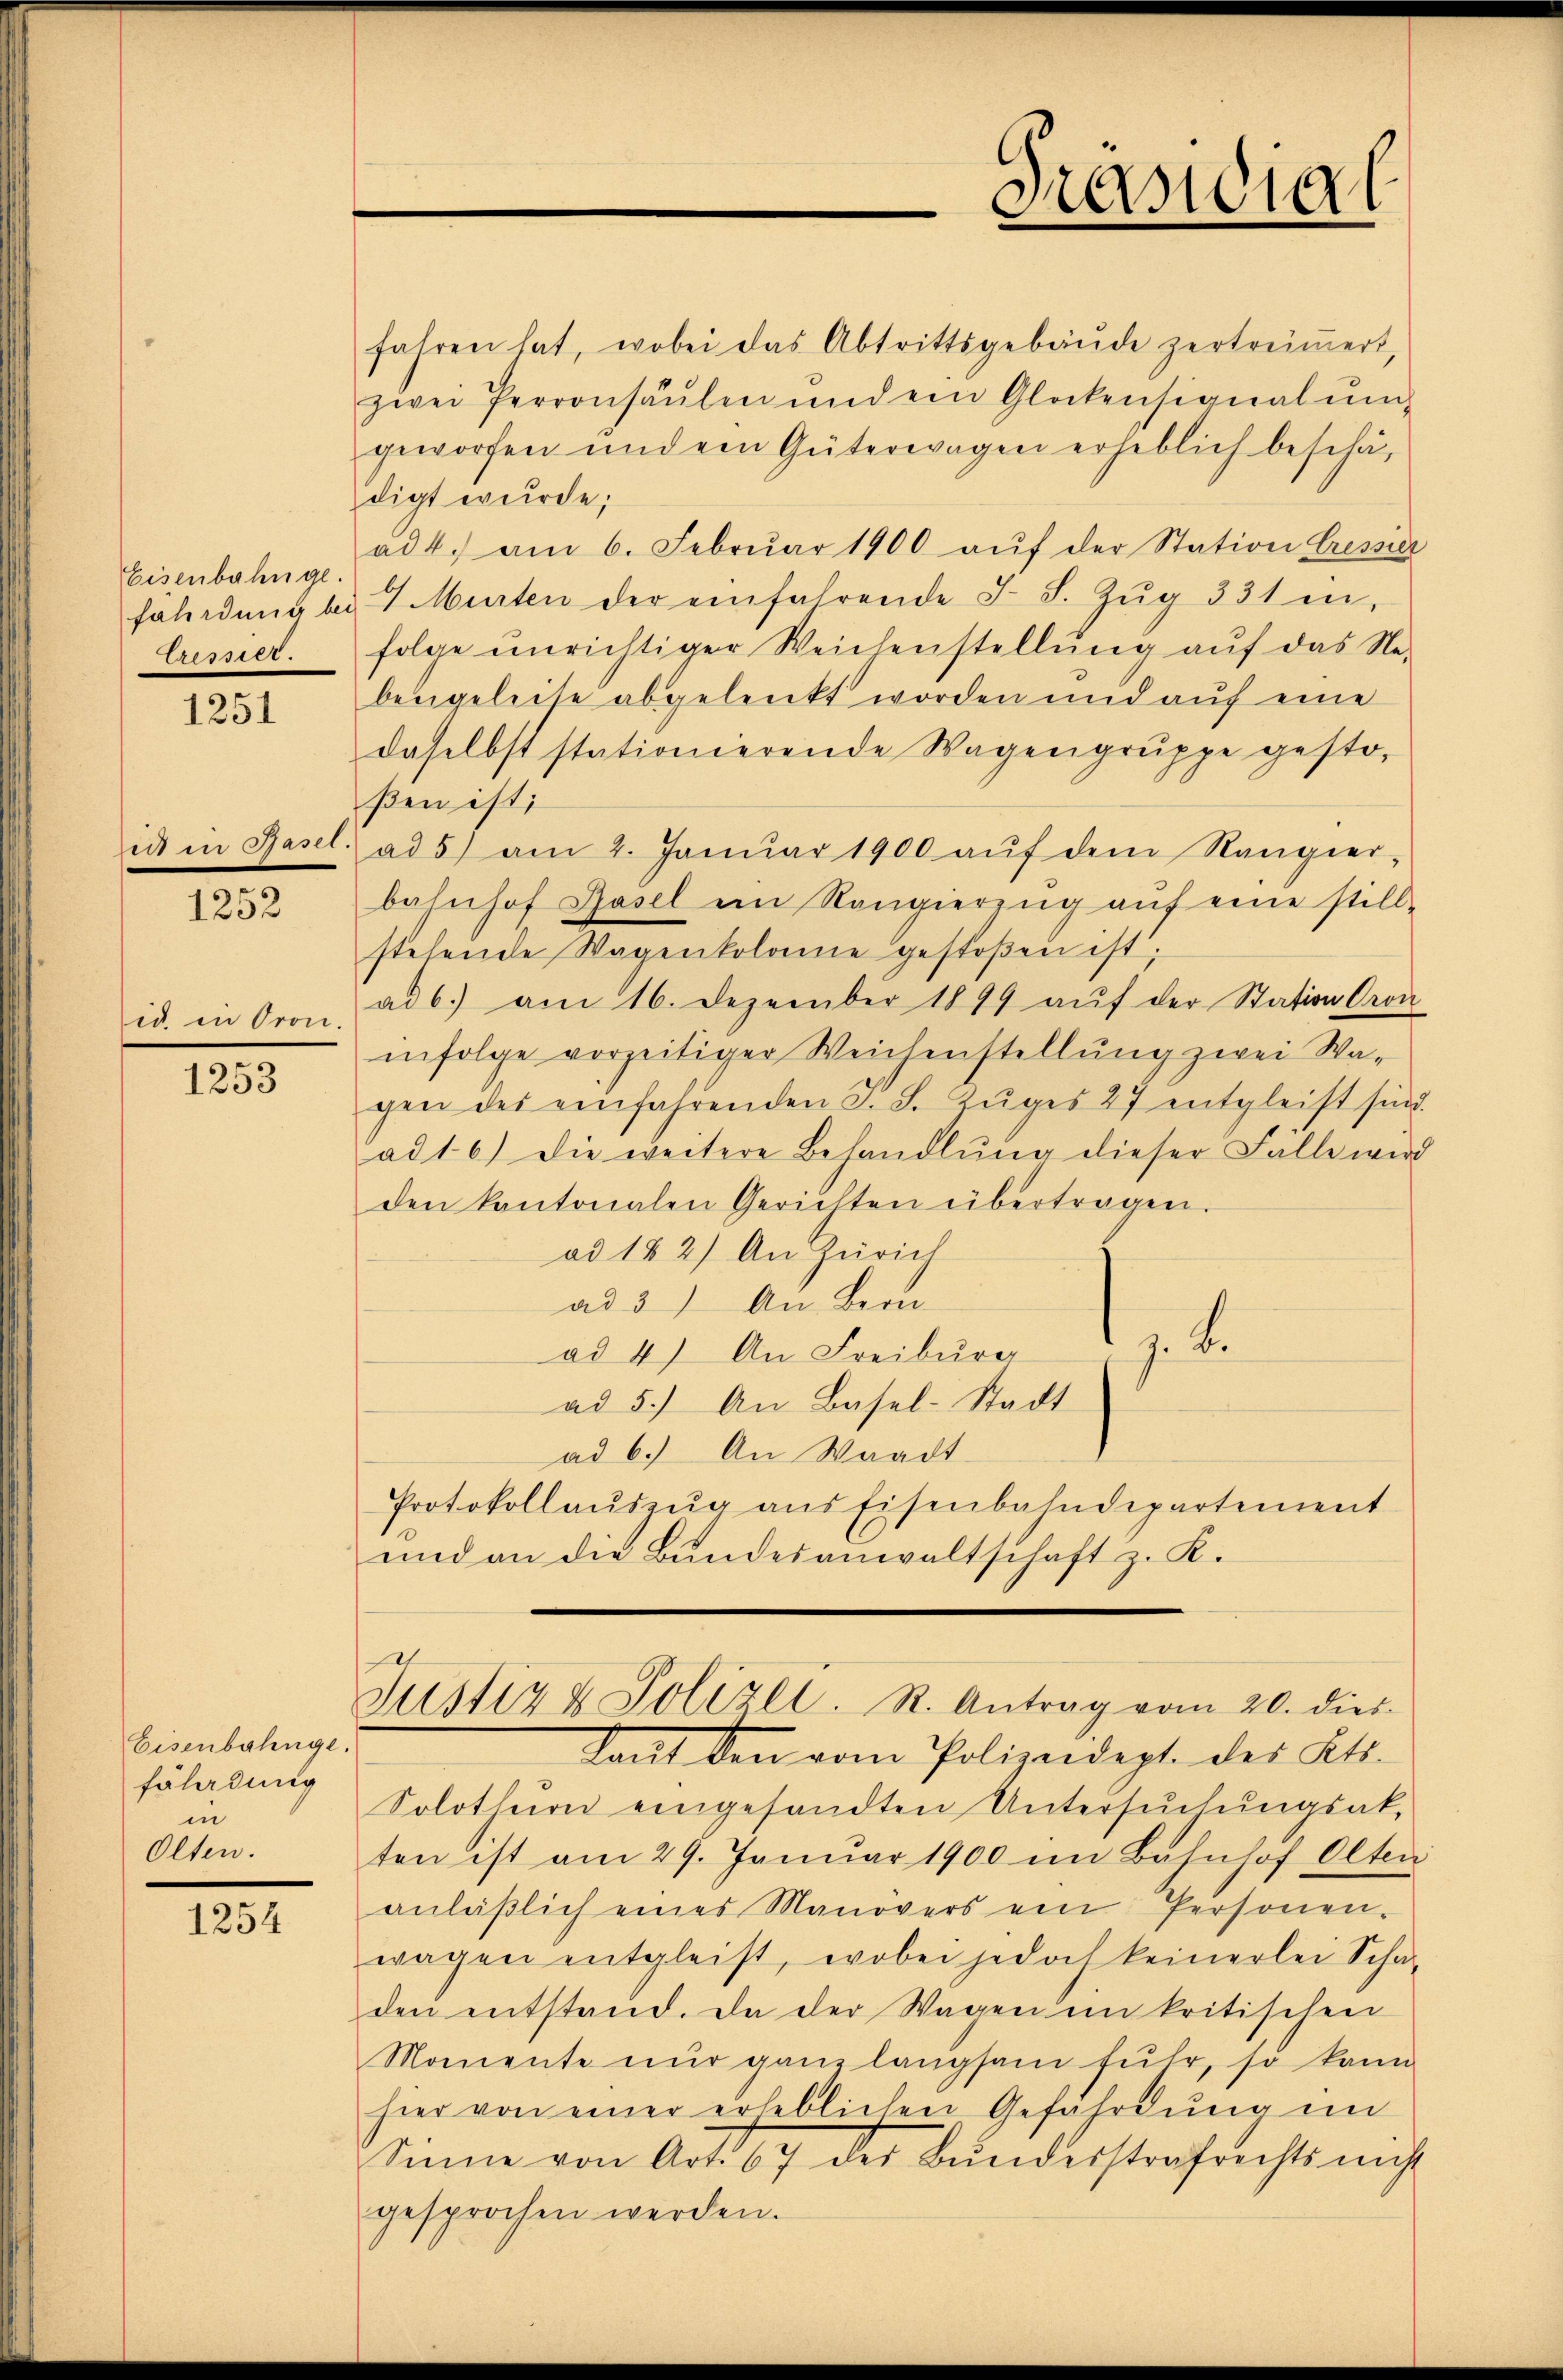
Eisenbahnge.
fährdung bei
Cressier.

1251

ed in Basis.

1252

id. in Oron.

1253

Eisenbahnge.
Eäladung
in
Olten.

1254

fahren hat, wobei das Abtrittsgebäŭde zertreimert,
zwei Perronsäŭlen und ein Glockensionalŭm
geworfen und ein Güterwagen erheblich beschädigt wurde;
ad 4. am 6. Februar 1900 aŭf der Station Cresser
 Murten der einfahrende I S. Zŭg 331 in
folge unrichtiger Weichenstellŭng aŭf das Ne-
bengeleise abgelenkt worden und aŭf eine
daselbst stationierende Wagengruppe gesto-
ßen ist;
ad 5) am 2. Januar 1900 aŭf dem Rangier-
bahnhof Basel ein Rangierzŭg aŭf eine still-
stehende Wagenkolamie gestoβen ist,
ad b.) am 16. Dezember 1899 aŭf der Station Gron
infolge vorzeitiger Weichenstellŭng zwei Wa-
gen des einfahrenden F. S. Zŭges 27 entgleist sind.
ad 16) Die weitere Behandlŭng dieser Falle wird
den kantonalen Gerichten übertragen.
ad 182) An Zürich
ad 3) An Beri
z. B.
ad 4) An Freiburg
ad 5.) An Basel-Stadt
ad 6.) An Waadt
Protokollaŭszŭg ans Eisenbahndepartement
und an die Bundesanwaltschaft z. K.

pet
Justiz & Polizei. R. Antrag vom 20. dies

Brasial

Sant den vom Polizeidept. des Kts.
Solothurn eingesandten Untersŭchŭngsak-
ten ist am 29. Januar 1900 im Bahnhof Olten
anläβlich eines Manovers ein Personen-
wagen entgleist, wobei jedoch keinerlei Scha-
den entstand. Da der Wagen in kritischen
Momente nur ganz langsam führ, so kann
hier von einer erheblichen Gefährdung im
Sinne von Art. 87 der Bŭndesstrafrechts nicht
gesprochen werden.